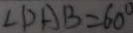
\angle D A B = 6 0 ^ { \circ }